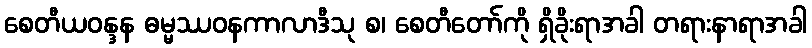
စေတီယဝန္ဒန ဓမ္မဿဝနကာလာဒီသု စ၊ စေတီတော်ကို ရှိခိုးရာအခါ တရားနာရာအခါ